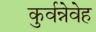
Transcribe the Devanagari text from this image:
कुर्वन्नेवेह